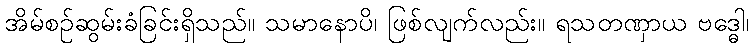
အိမ်စဉ်ဆွမ်းခံခြင်းရှိသည်။ သမာနောပိ၊ ဖြစ်လျက်လည်း။ ရသတဏှာယ ဗဒ္ဓေါ၊